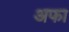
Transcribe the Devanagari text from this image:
अफा